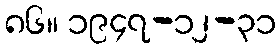
၈၆။ ၁၉၄၇-၁၂-၃၁